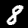
Digit: 8